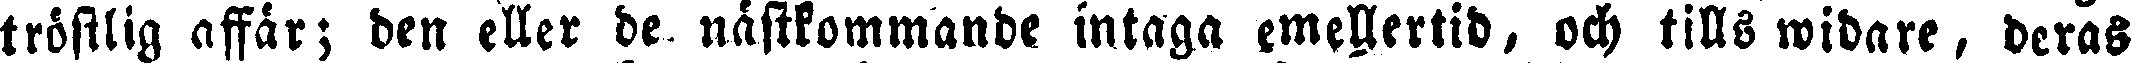
tröstlig affär; den eller de nästkommande intaga emellertid, och tills widare, deras